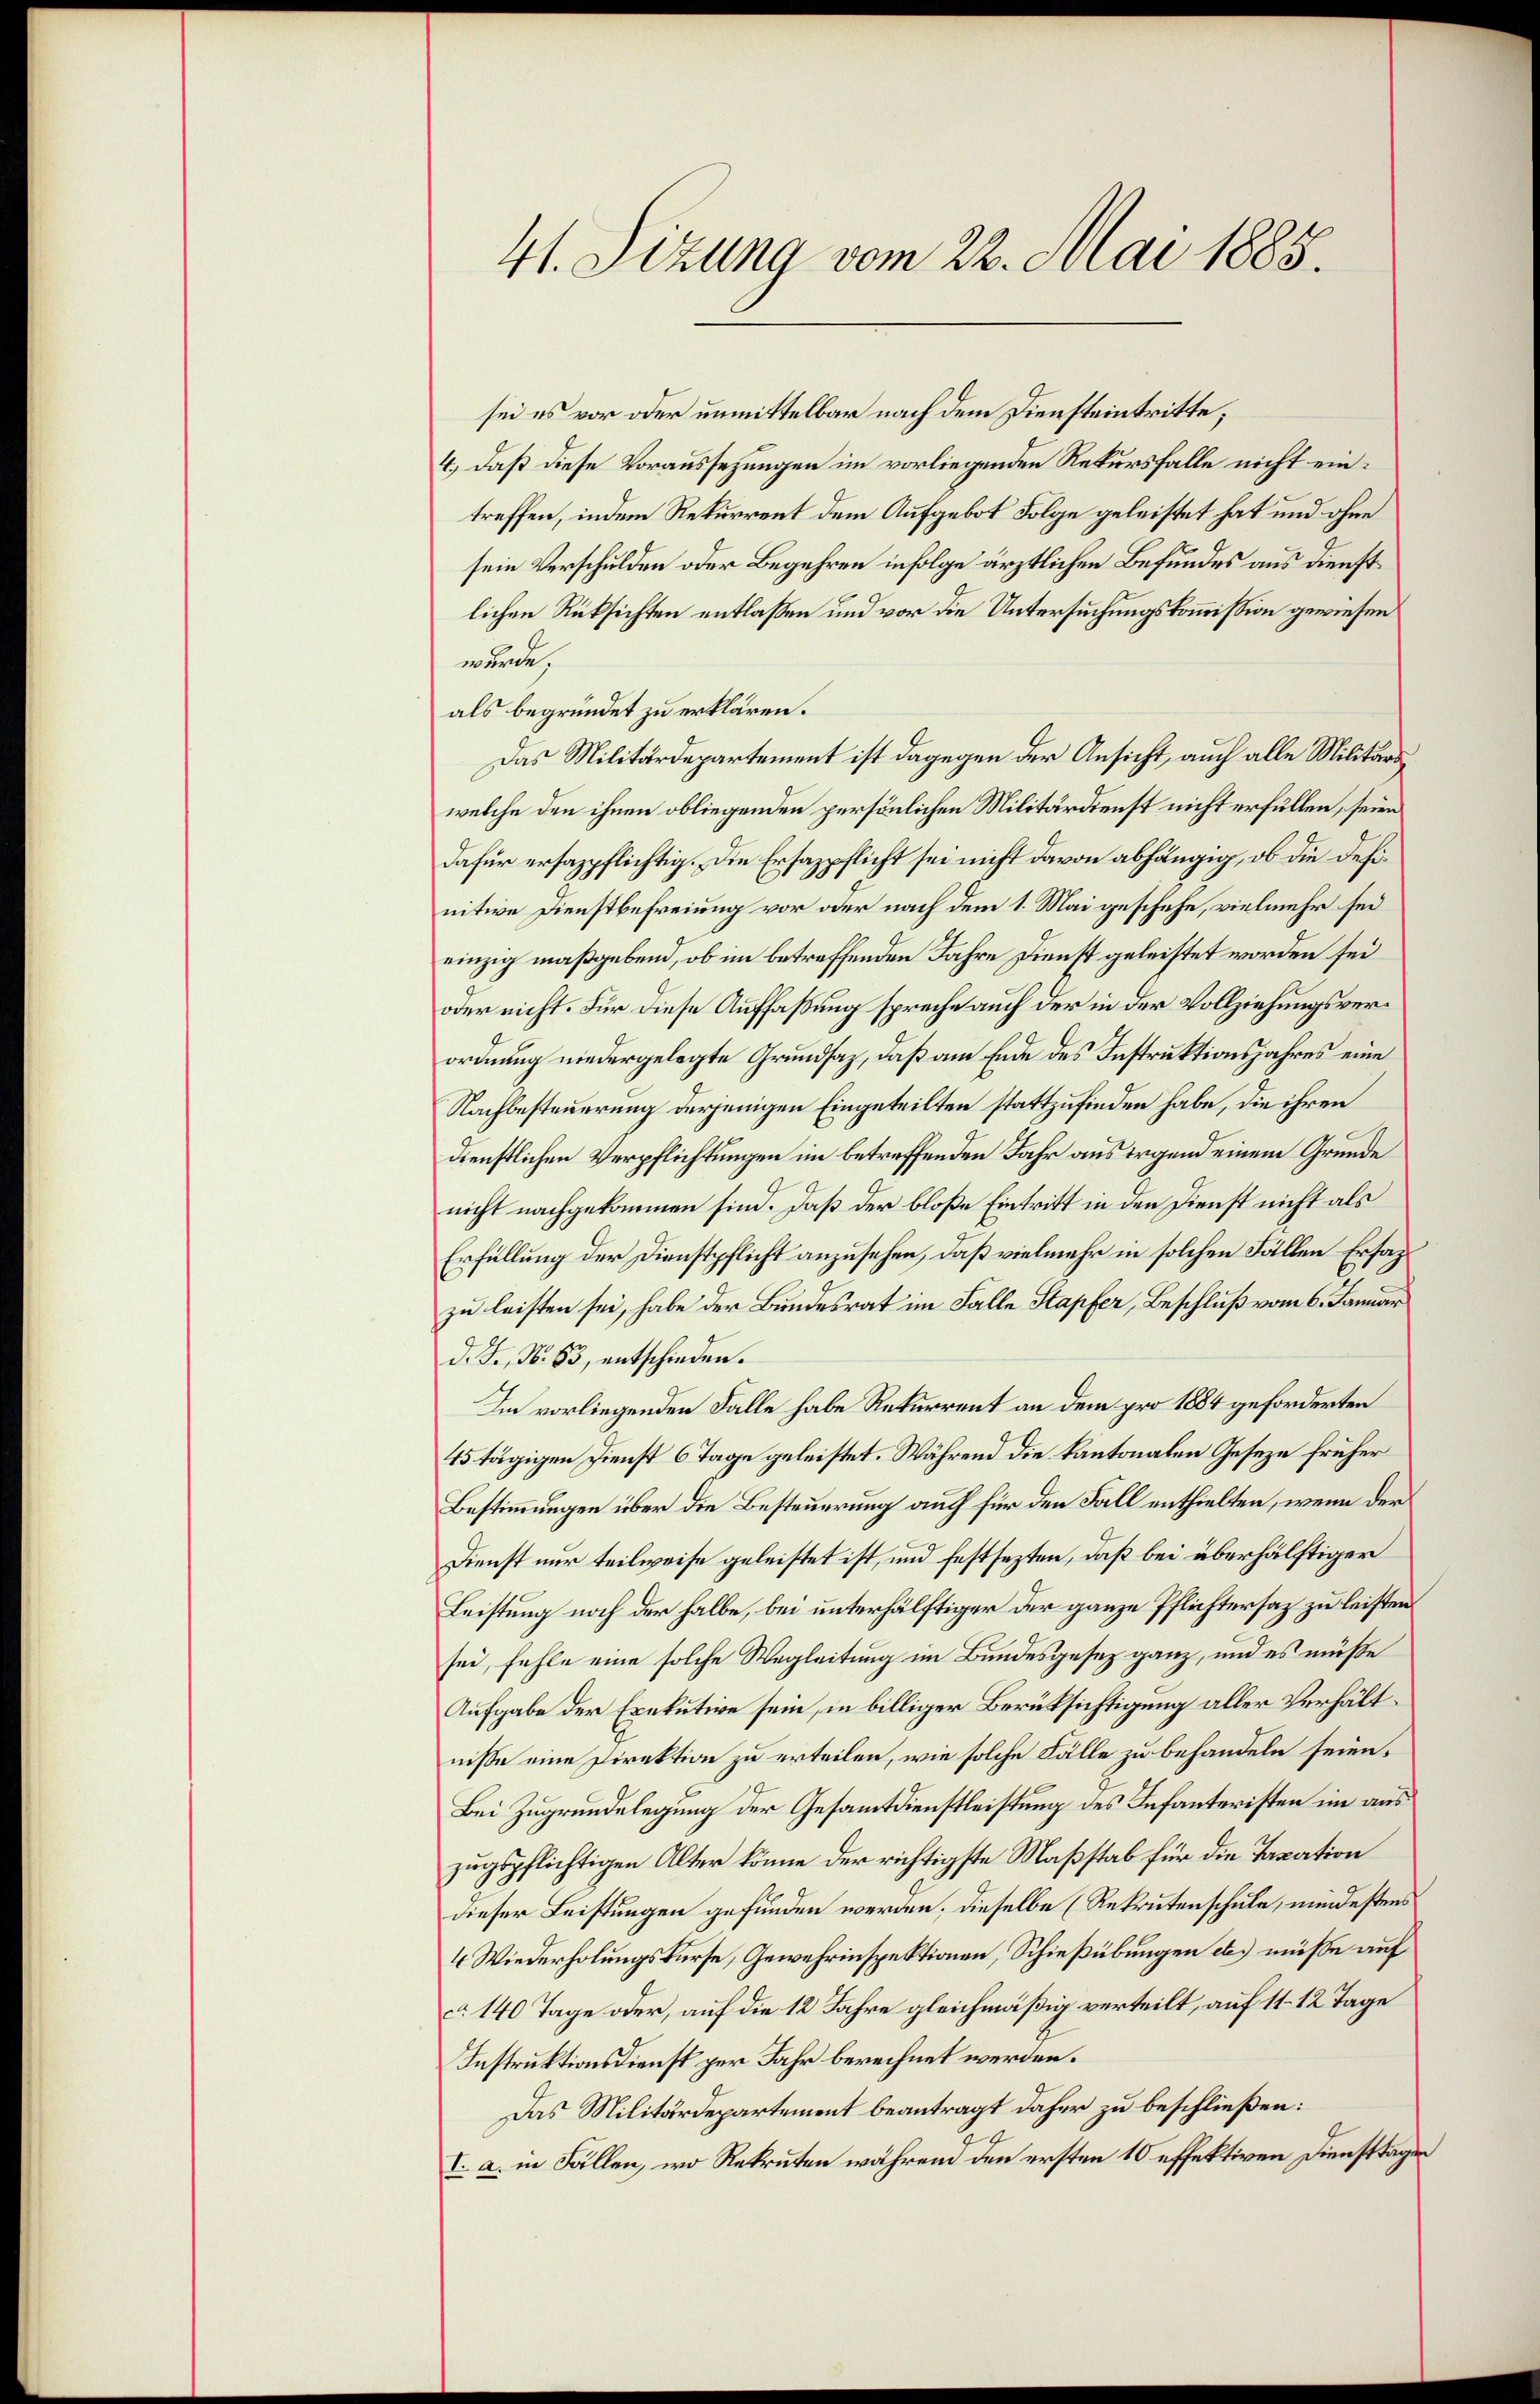
41. Sizung vom 22. Mai 1885.

sei es vor oder unmittelbar nach dem Diensteintritte,
4.) daß diese Voraussezungen im vorliegenden Rekursfalle nicht eintreffen, indem Rekurrent dem Aufgebot Folge geleistet hat und ohne
sein Verschulden oder Begehren infolge ärztlichen Befundes aus dienstlichen Rüksichten entlaßen und vor die Untersuchungskommission gewiesen
wurde,
als begründet zu erklären.
Das Militärdepartement ist dagegen der Ansicht, auch alle Militärs
welche den ihnen obliegenden persönlichen Militärdienst nicht erfüllen, seien
dafür ersazpflichtig. Die Ersazpflicht sei nicht davon abhängig, ob die Definitive Dienstbefreiung vor oder nach dem 1. Mai geschehe, vielmehr sei
einzig maßgebend, ob im betreffenden Jahre Dienst geleistet worden sei
oder nicht. Für diese Auffaßung spreche auch der in der Vollziehungsverordnung niedergelegte Grundsaz, daß am Ende des Instruktionsjahres eine
Nachbesteuerung derjenigen Eingeteilten stattzufinden habe, die ihren
dienstlichen Verpflichtungen im betreffenden Jahr aus irgend einem Grunde
nicht nachgekommen sind. Daß der bloße Eintritt in den Dienst nicht als
Erfüllung der Dienstpflicht anzusehen, daß vielmehr in solchen Fällen Ersazzu leisten sei, habe der Bundesrat im Falle Stapfer, Beschluß vom 6. Januar
d. J., N. 83, entschieden.
Im vorliegenden Falle habe Rekurrent an dem pro 1884 geforderten
45 tägigen Dienst 6 Tage geleistet. Während die kantonalen Geseze früher
Bestimmungen über die Besteuerung auch für den Fall enthielten, wenn der
Dienst nur teilweise geleistet ist, und festsezten, daß bei überhälftiger
Leistung noch der halbe, bei unterhälftiger der ganze Pflichtersaz zu leisten
sei, fehle eine solche Wegleitung im Bundesgesez ganz, und es müße
Aufgabe der Exekutive sein, in billiger Berüksichtigung aller Verhältnisse eine Direktion zu erteilen, wie solche Fälle zu behandeln seien.
Bei Zugrundelegung der Gesammtdienstleistung des Infanteristen im aus
zugspflichtigen Alter könne der richtigste Maßstab für die Taxation
dieser Leistungen gefunden werden; dieselbe (Rekrutenschule, mindestens
4 Wiederholungskurse, Gewehrinspektionen, Schießübungen etc.) müsse auf
c. 140 Tage oder, auf die 12 Jahre gleichmäßig verteilt, auf 11–12 Tage
Instruktionsdienst per Jahr berechnet werden.
Das Militärdepartement beantragt daher zu beschließen:
I. a. in Fällen, wo Rekruten während den ersten 10 effektiven Diensttäger